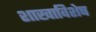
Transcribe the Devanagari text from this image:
शाखाविशेष